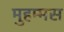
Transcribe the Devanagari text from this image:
मुहम्मस